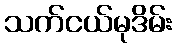
သက်ငယ်မုဒိမ်း